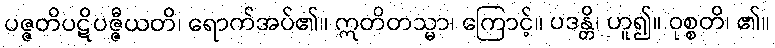
ပဇ္ဇတိပဋိပဇ္ဇီယတိ၊ ရောက်အပ်၏။ ဣတိတသ္မာ၊ ကြောင့်။ ပဒန္တိ၊ ဟူ၍။ ဝုစ္စတိ၊ ၏။